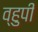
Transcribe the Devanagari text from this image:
व्हुपी